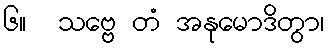
၆။  သဗ္ဗေ တံ အနုမောဒိတွာ၊